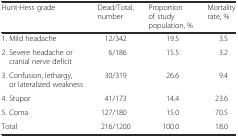
| Hunt-Hess grade | Dead/Total, number | Proportion of study population, % | Mortality rate, % |
 | --- | --- | --- | --- |
 | 1. Mild headache | 12/342 | 19.5 | 3.5 |
 | 2. Severe headache or cranial nerve deficit | 6/186 | 15.5 | 3.2 |
 | 3. Confusion, lethargy, or lateralized weakness | 30/319 | 26.6 | 9.4 |
 | 4. Stupor | 41/173 | 14.4 | 23.6 |
 | 5. Coma | 127/180 | 15.0 | 70.5 |
 | Total | 216/1200 | 100.0 | 18.0 |